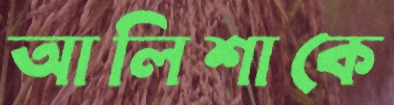
আলিশাকে